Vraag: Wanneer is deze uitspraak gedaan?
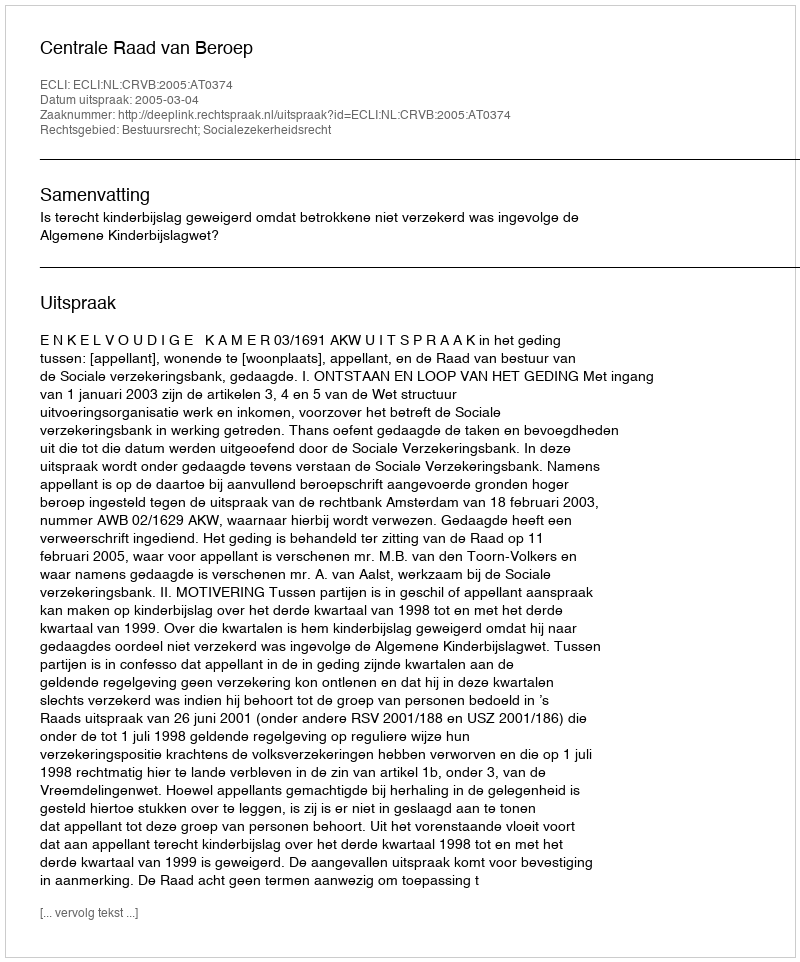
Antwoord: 2005-03-04